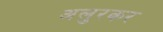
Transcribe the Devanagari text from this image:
अलुरकर